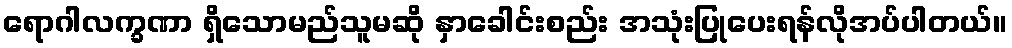
ရောဂါလက္ခဏာ ရှိသောမည်သူမဆို နှာခေါင်းစည်း အသုံးပြုပေးရန်လိုအပ်ပါတယ်။